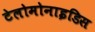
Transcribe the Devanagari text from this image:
टेलोमोनाइडिस